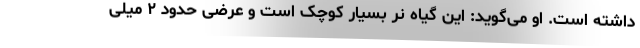
داشته است. او می‌گوید: این گیاه نر بسیار کوچک است و عرضی حدود ۲ میلی